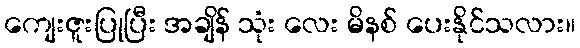
ကျေးဇူးပြုပြီး အချိန် သုံး လေး မိနစ် ပေးနိုင်သလား။